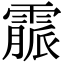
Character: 霢